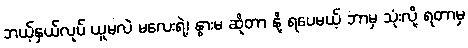
ဘယ့်နှယ်လုပ် ယူမလဲ မလေးရဲ့၊ နွားမ ဆိုတာ နို့ ရပေမယ့် ဘာမှ သုံးလို့ ရတာမှ